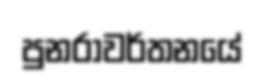
පුනරාවර්තනයේ